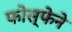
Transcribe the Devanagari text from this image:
फोस्फेने